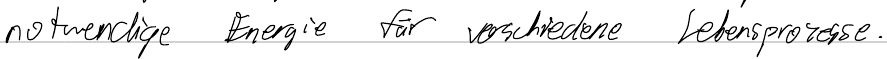
notwendige Energie für verschiedene Lebensprozesse.